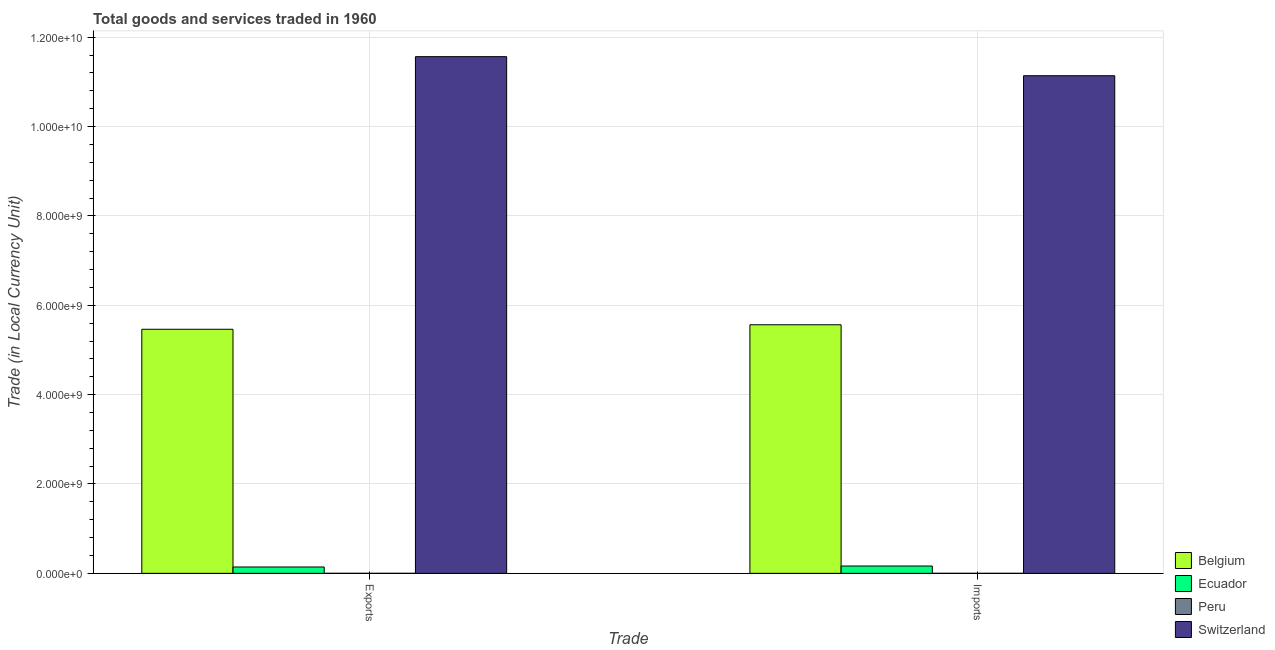
| Trade | Belgium | Ecuador | Peru | Switzerland |
 | --- | --- | --- | --- | --- |
 | Exports | 5.46e+09 | 1.42e+08 | 14.2 | 1.16e+10 |
 | Imports | 5.56e+09 | 1.64e+08 | 14.2 | 1.11e+10 |